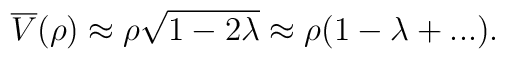
\overline{V}(\rho)\approx\rho\sqrt{1-2\lambda}\approx\rho (1-\lambda+...).